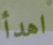
اهدأ